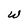
Character: w